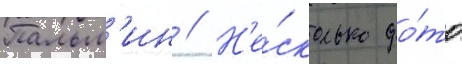
Пальм'ин // Н'е́сколько фо́то